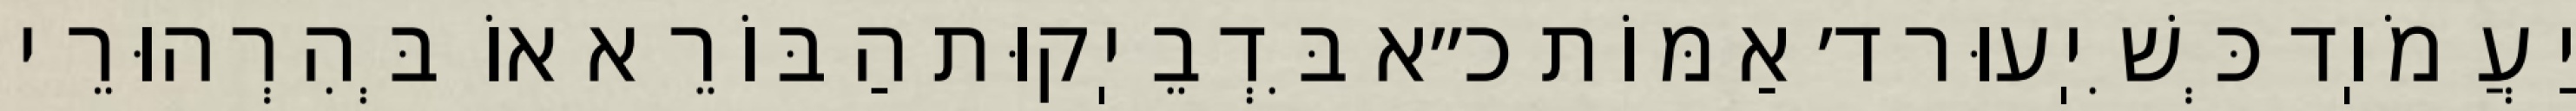
יַעֲמֹוֽד כְּשִׁיֽעוּר ד׳ אַמּוֹת כ״א בִּדְבֵיֽקוּת הַבּוֹרֵא אוֹ בְּהִרְהוּרֵי